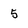
Character: 5